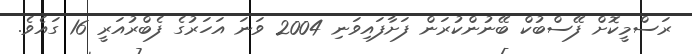
ރަސްމީކޮށް ފޭސްބުކް ބޭނުންކުރަން ފަށާފައިވަނި 2004 ވަނަ އަހަރުގެ ފެބްރުއަރީ 16 ގައެވެ.